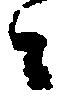
々